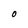
Character: O